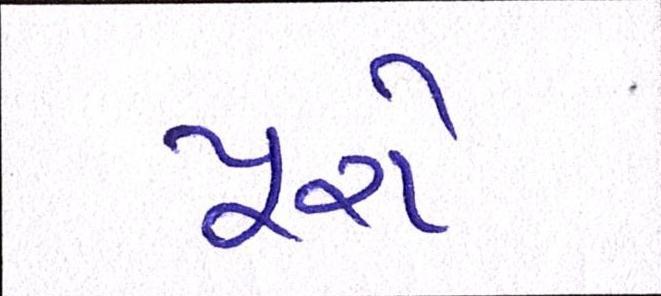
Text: પૂરો